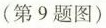
(第9题图)